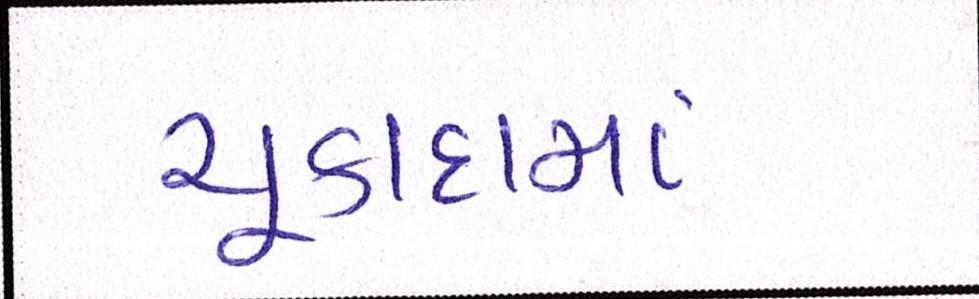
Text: ચૂકાદામાં